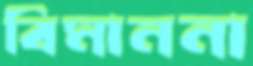
বিমাননা